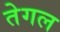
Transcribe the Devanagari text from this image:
तेगल